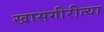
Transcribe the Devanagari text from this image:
खासगीरीत्या